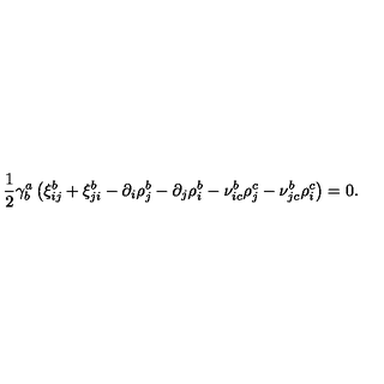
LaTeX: { \frac { 1 } { 2 } } \gamma _ { b } ^ { a } \left( \xi _ { i j } ^ { b } + \xi _ { j i } ^ { b } - \partial _ { i } \rho _ { j } ^ { b } - \partial _ { j } \rho _ { i } ^ { b } - \nu _ { i c } ^ { b } \rho _ { j } ^ { c } - \nu _ { j c } ^ { b } \rho _ { i } ^ { c } \right) = 0 .